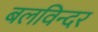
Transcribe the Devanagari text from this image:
बलविन्दर